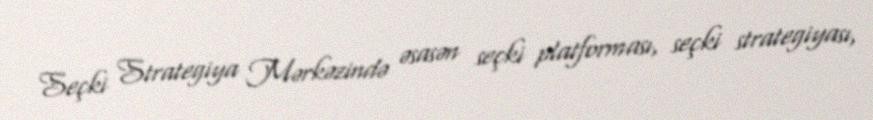
Seçki Strategiya Mərkəzində əsasən seçki platforması, seçki strategiyası,